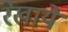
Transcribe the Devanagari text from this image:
रेखाये